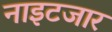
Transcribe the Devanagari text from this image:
नाइटजार